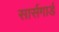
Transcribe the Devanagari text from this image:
सार्सगार्ड